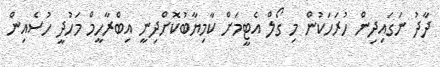
ދާދު ނަގައިދިން ހުރަހަކުން މި ގޯލް އެޓީމަށް ކާމިޔާބުކޮށްދިނީ އިބްރާހީމް މަހުދީ ހުސެއިން